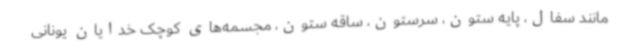
مانند سفال، پایه ستون، سرستون، ساقه ستون، مجسمه‌های کوچک خدایان یونانی